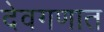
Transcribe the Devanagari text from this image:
देवगणात